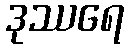
ဒုဿရေ